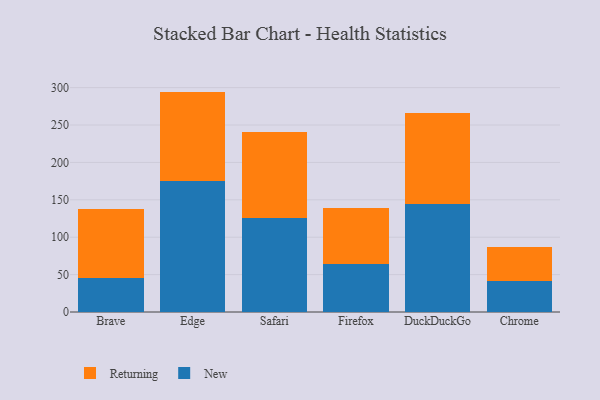
{"axis": {"x": "Browser", "y": "Active Users"}, "legend": ["New", "Returning"], "data": [{"x": "Brave", "y": 45.0, "type": "New"}, {"x": "Brave", "y": 93.2, "type": "Returning"}, {"x": "Edge", "y": 175.2, "type": "New"}, {"x": "Edge", "y": 119.5, "type": "Returning"}, {"x": "Safari", "y": 126.1, "type": "New"}, {"x": "Safari", "y": 114.9, "type": "Returning"}, {"x": "Firefox", "y": 64.0, "type": "New"}, {"x": "Firefox", "y": 74.7, "type": "Returning"}, {"x": "DuckDuckGo", "y": 144.9, "type": "New"}, {"x": "DuckDuckGo", "y": 121.4, "type": "Returning"}, {"x": "Chrome", "y": 41.0, "type": "New"}, {"x": "Chrome", "y": 45.5, "type": "Returning"}]}